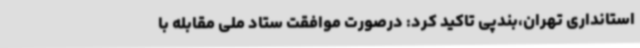
استانداری تهران،بندپی تاکید کرد: درصورت موافقت ستاد ملی مقابله با